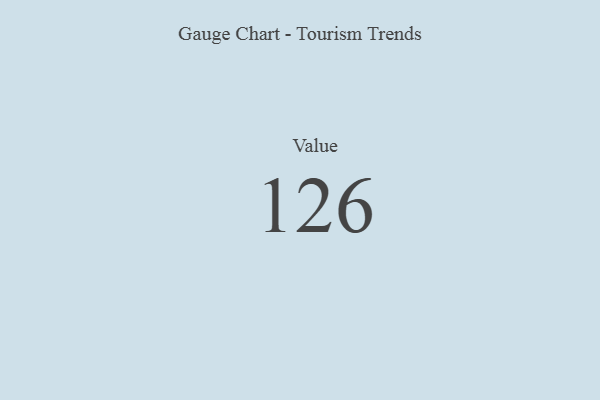
{"axis": {"x": "Metric", "y": "Value"}, "legend": [""], "data": [{"x": "Value", "y": 126, "type": ""}]}